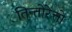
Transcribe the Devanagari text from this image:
तिन्तोरेत्तो